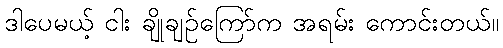
ဒါပေမယ့် ငါး ချိုချဉ်ကြော်က အရမ်း ကောင်းတယ်။